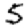
Digit: 5